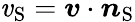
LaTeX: \mathit{v}_{\mathrm{{{S}}}}=\boldsymbol{\mathit{v}}\cdot\boldsymbol{n}_{\mathrm{{{S}}}}